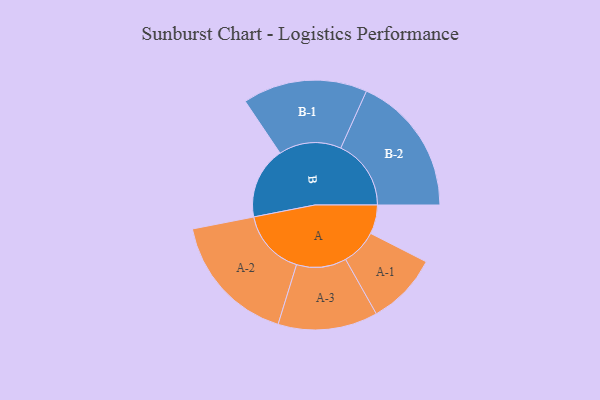
{"axis": {"x": "Segment", "y": "Value"}, "legend": ["", "A", "B"], "data": [{"x": "A", "y": 116, "type": ""}, {"x": "B", "y": 288, "type": ""}, {"x": "A-1", "y": 144, "type": "A"}, {"x": "A-2", "y": 265, "type": "A"}, {"x": "A-3", "y": 200, "type": "A"}, {"x": "B-1", "y": 250, "type": "B"}, {"x": "B-2", "y": 282, "type": "B"}]}